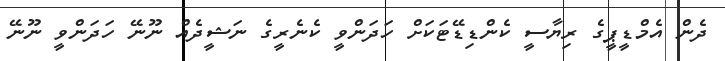
ދެން އެމްޑީޕީގެ ރިޔާސީ ކެންޑިޑޭޓަކަށް ހަދަންވީ ކެނެެރީގެ ނަޝީދެއް ނޫނޭ ހަދަންވީ ނޫނޭ